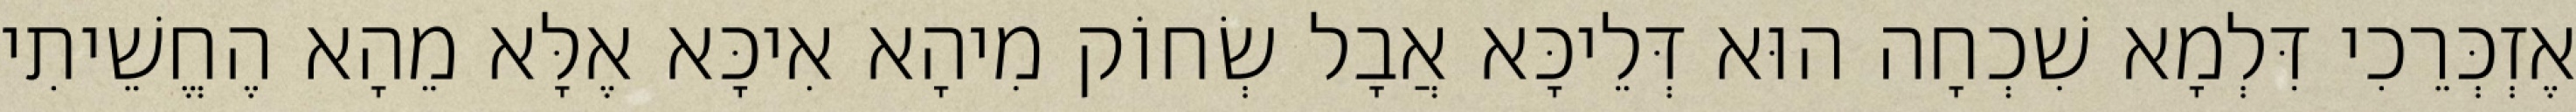
אֶזְכְּרֵכִי דִּלְמָא שִׁכְחָה הוּא דְּלֵיכָּא אֲבָל שְׂחוֹק מִיהָא אִיכָּא אֶלָּא מֵהָא הֶחֱשֵׁיתִי